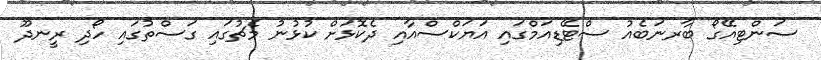
ސަންޓިއޭގޯ ބާރނަބެއު ސްޓޭޑިއަމްގައި އަޔަކްސްއާއި ދެކޮޅަށް ކުޅުނު މެޗުގައި ގަސްތުގައި ހޯދި ރީނދޫ